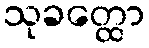
သုခတ္ထော